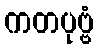
ကတပုဗ္ဗံ